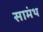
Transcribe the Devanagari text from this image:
सामंथ